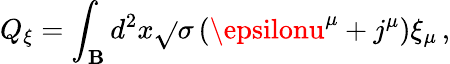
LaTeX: Q_{\xi}=\int_{\mathbf{B}}d^{2}x\sqrt{}{{\sigma}}\left(\epsilonu^{\mu}+j^{\mu}\right)\xi_{\mu}\, ,